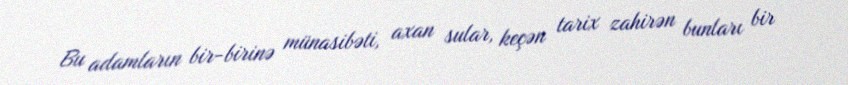
Bu adamların bir-birinə münasibəti, axan sular, keçən tarix zahirən bunları bir